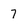
Character: 7